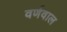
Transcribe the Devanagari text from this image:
वर्णवाल